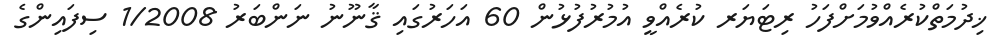
ޚިދުމަތްކުރެއްވުމަށްފަހު ރިޓަޔަރ ކުރެއްވީ އުމުރުފުޅުން 60 އަހަރުގައި ޤާނޫނު ނަންބަރު 1/2008 ސިފައިންގެ